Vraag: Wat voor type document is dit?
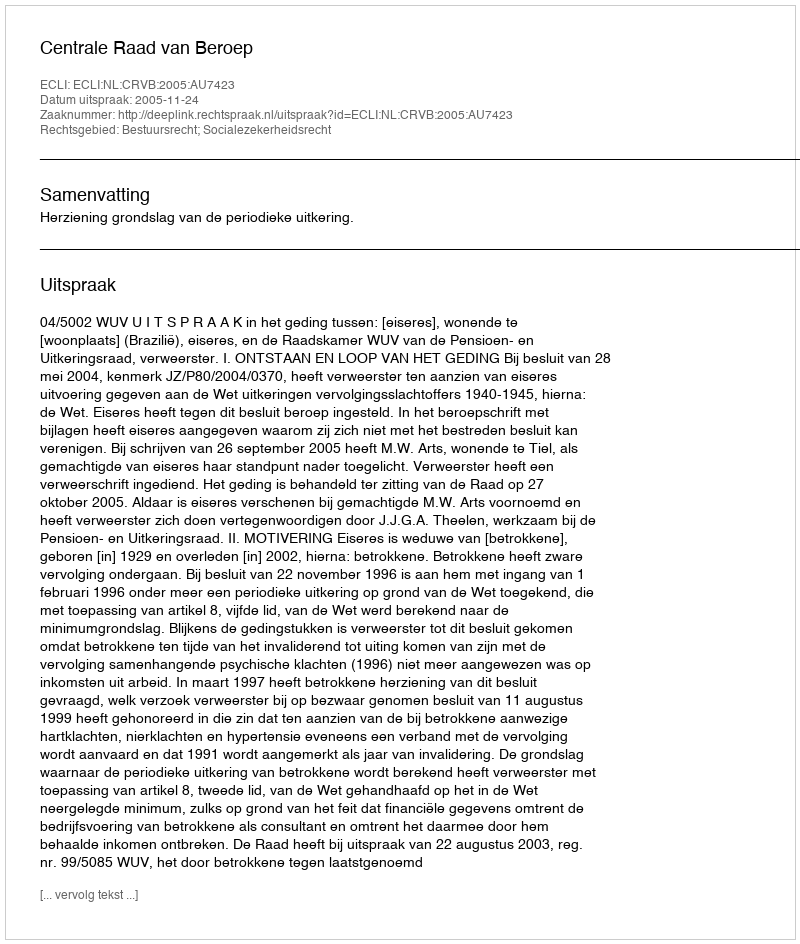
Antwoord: Uitspraak